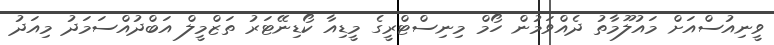
ވީނިއުސްއަށް މައުލޫމާތު ދެއްވަމުން ހޯމް މިނިސްޓްރީގެ މީޑިއާ ކޯޑިނޭޓަރު ތަޒްމީލް އަބްދުއްސަމަދު މިއަދު